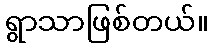
ရွာသာဖြစ်တယ်။